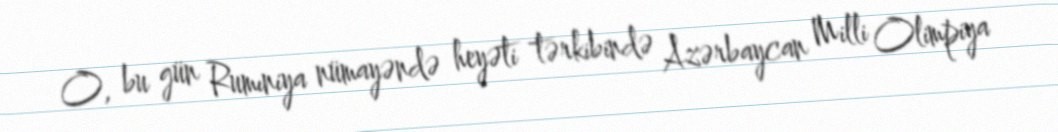
O, bu gün Rumıniya nümayəndə heyəti tərkibində Azərbaycan Milli Olimpiya